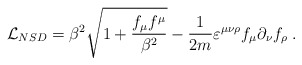
\begin{align*}{\cal L}_{NSD}=\beta^2{\sqrt{1+\frac{f_\mu f^\mu}{ \beta^2}}}-\frac 1{2m} \varepsilon ^{\mu\nu\rho} f_\mu\partial_\nu f_\rho \; .\end{align*}